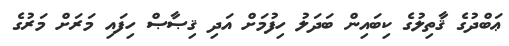
ޢަބްދުގެ ޤާތިލުގެ ކިބައިން ބަދަލު ހިފުމަށް އަދި ޤިޞާޞް ހިފައި މަރަށް މަރުގެ